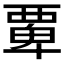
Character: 𮗆